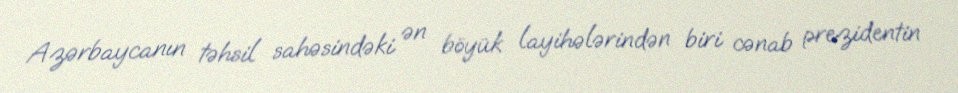
Azərbaycanın təhsil sahəsindəki ən böyük layihələrindən biri cənab prezidentin